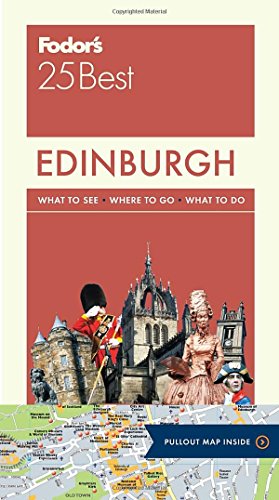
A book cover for Fodor's Edinburgh 25 Best (Full-color Travel Guide); Fodor's; Travel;